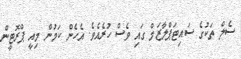
ސެލް ތަކުގެ ސައިޓަޕްލާޒަމް ގައި ވެސް ހުރެއެވެ. އެހެން ކަމުން މިއީ ޕްރޮޓީން